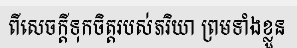
ពីសេចក្តីទុកចិត្តរបស់ភរិយា ព្រមទាំងខ្លួន